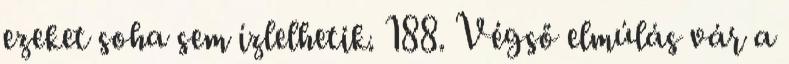
ezeket soha sem ízlelhetik. 188. Végső elmúlás vár a